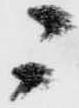
ニ